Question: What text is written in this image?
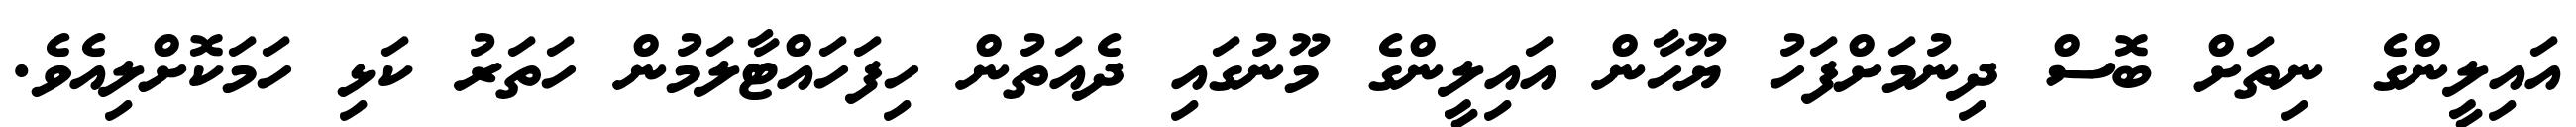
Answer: އައިލީންގެ ނިތަށް ބޮސް ދިނުމަށްފަހު ޔޫހާން އައިލީންގެ މޫނުގައި ދެއަތުން ހިފަހައްޓާލަމުން ހަތަރު ކަޅި ހަމަކޮށްލިއެވެ.